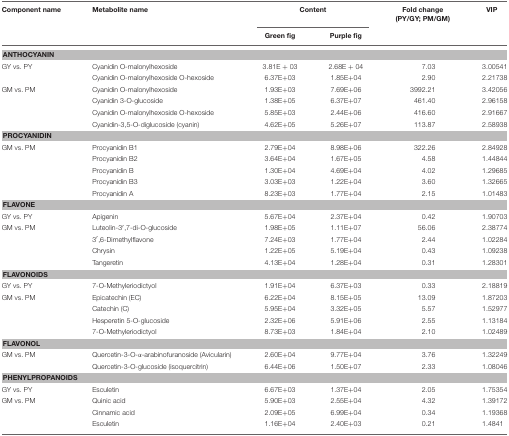
<table><thead><tr><td><b>Component name</b></td><td><b>Metabolite name</b></td><td colspan="2"><b>Content</b></td><td><b>Fold change (PY/GY; PM/GM)</b></td><td><b>VIP</b></td></tr><tr><td></td><td></td><td><b>Green fig</b></td><td><b>Purple fig</b></td><td></td><td></td></tr></thead><tbody><tr><td colspan="6"><b>ANTHOCYANIN</b></td></tr><tr><td>GY vs. PY</td><td>Cyanidin O-malonylhexoside</td><td>3.81E + 03</td><td>2.68E + 04</td><td>7.03</td><td>3.00541</td></tr><tr><td></td><td>Cyanidin O-malonylhexoside O-hexoside</td><td>6.37E+03</td><td>1.85E+04</td><td>2.90</td><td>2.21738</td></tr><tr><td>GM vs. PM</td><td>Cyanidin O-malonylhexoside</td><td>1.93E+03</td><td>7.69E+06</td><td>3992.21</td><td>3.42056</td></tr><tr><td></td><td>Cyanidin 3-O-glucoside</td><td>1.38E+05</td><td>6.37E+07</td><td>461.40</td><td>2.96158</td></tr><tr><td></td><td>Cyanidin O-malonylhexoside O-hexoside</td><td>5.85E+03</td><td>2.44E+06</td><td>416.60</td><td>2.91667</td></tr><tr><td></td><td>Cyanidin-3,5-O-diglucoside (cyanin)</td><td>4.62E+05</td><td>5.26E+07</td><td>113.87</td><td>2.58938</td></tr><tr><td colspan="6"><b>PROCYANIDIN</b></td></tr><tr><td>GM vs. PM</td><td>Procyanidin B1</td><td>2.79E+04</td><td>8.98E+06</td><td>322.26</td><td>2.84928</td></tr><tr><td></td><td>Procyanidin B2</td><td>3.64E+04</td><td>1.67E+05</td><td>4.58</td><td>1.44844</td></tr><tr><td></td><td>Procyanidin B</td><td>1.30E+04</td><td>4.69E+04</td><td>4.02</td><td>1.29685</td></tr><tr><td></td><td>Procyanidin B3</td><td>3.03E+03</td><td>1.22E+04</td><td>3.60</td><td>1.32665</td></tr><tr><td></td><td>Procyanidin A</td><td>8.23E+03</td><td>1.77E+04</td><td>2.15</td><td>1.01483</td></tr><tr><td colspan="6"><b>FLAVONE</b></td></tr><tr><td>GY vs. PY</td><td>Apigenin</td><td>5.67E+04</td><td>2.37E+04</td><td>0.42</td><td>1.90703</td></tr><tr><td>GM vs. PM</td><td>Luteolin-3′,7-di-O-glucoside</td><td>1.98E+05</td><td>1.11E+07</td><td>56.06</td><td>2.38774</td></tr><tr><td></td><td>3′,6-Dimethylflavone</td><td>7.24E+03</td><td>1.77E+04</td><td>2.44</td><td>1.02284</td></tr><tr><td></td><td>Chrysin</td><td>1.22E+05</td><td>5.19E+04</td><td>0.43</td><td>1.09238</td></tr><tr><td></td><td>Tangeretin</td><td>4.13E+04</td><td>1.28E+04</td><td>0.31</td><td>1.28301</td></tr><tr><td colspan="6"><b>FLAVONOIDS</b></td></tr><tr><td>GY vs. PY</td><td>7-O-Methyleriodictyol</td><td>1.91E+04</td><td>6.37E+03</td><td>0.33</td><td>2.18819</td></tr><tr><td>GM vs. PM</td><td>Epicatechin (EC)</td><td>6.22E+04</td><td>8.15E+05</td><td>13.09</td><td>1.87203</td></tr><tr><td></td><td>Catechin (C)</td><td>5.95E+04</td><td>3.32E+05</td><td>5.57</td><td>1.52977</td></tr><tr><td></td><td>Hesperetin 5-O-glucoside</td><td>2.32E+06</td><td>5.91E+06</td><td>2.55</td><td>1.13184</td></tr><tr><td></td><td>7-O-Methyleriodictyol</td><td>8.73E+03</td><td>1.84E+04</td><td>2.10</td><td>1.02489</td></tr><tr><td colspan="6"><b>FLAVONOL</b></td></tr><tr><td>GM vs. PM</td><td>Quercetin-3-O-α-arabinofuranoside (Avicularin)</td><td>2.60E+04</td><td>9.77E+04</td><td>3.76</td><td>1.32249</td></tr><tr><td></td><td>Quercetin-3-O-glucoside (isoquercitrin)</td><td>6.44E+06</td><td>1.50E+07</td><td>2.33</td><td>1.08046</td></tr><tr><td colspan="6"><b>PHENYLPROPANOIDS</b></td></tr><tr><td>GY vs. PY</td><td>Esculetin</td><td>6.67E+03</td><td>1.37E+04</td><td>2.05</td><td>1.75354</td></tr><tr><td>GM vs. PM</td><td>Quinic acid</td><td>5.90E+03</td><td>2.55E+04</td><td>4.32</td><td>1.39172</td></tr><tr><td></td><td>Cinnamic acid</td><td>2.09E+05</td><td>6.99E+04</td><td>0.34</td><td>1.19368</td></tr><tr><td></td><td>Esculetin</td><td>1.16E+04</td><td>2.40E+03</td><td>0.21</td><td>1.4841</td></tr></tbody></table>